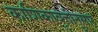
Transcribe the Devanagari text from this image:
काशिकावृत्तीनुसार